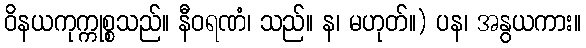
ဝိနယကုက္ကုစ္စသည်။ နီဝရဏံ၊ သည်။ န၊ မဟုတ်။) ပန၊ အနွယကား။